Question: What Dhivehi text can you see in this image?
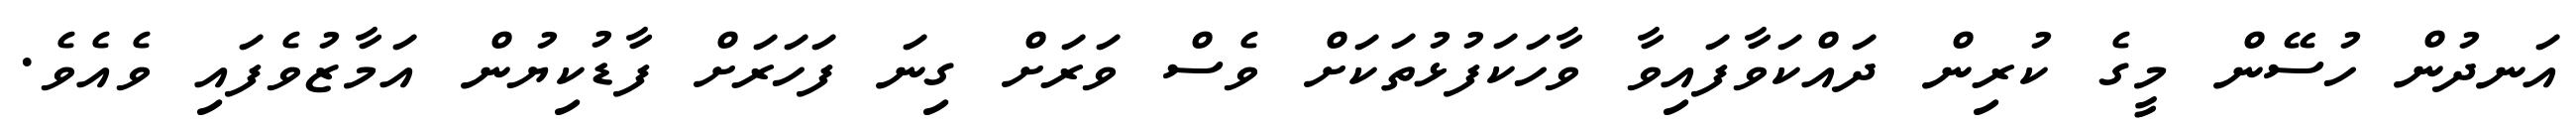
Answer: އަނދުން ހުސޭން މީގެ ކުރިން ދައްކަވާފައިވާ ވާހަކަފުޅުތަކަށް ވެސް ވަރަށް ގިނަ ފަހަރަށް ފާޑުކިޔުން އަމާޒުވެފައި ވެއެވެ.